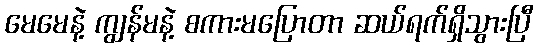
မေမေနဲ့ ကျွန်မနဲ့ စကားမပြောတာ ဆယ်ရက်ရှိသွားပြီ